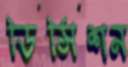
ডিসিশন